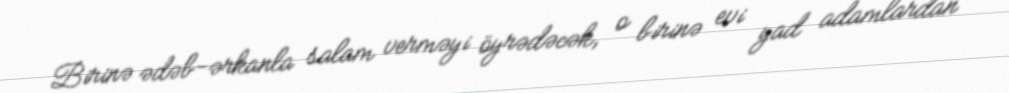
Birinə ədəb-ərkanla salam verməyi öyrədəcək, o birinə evi yad adamlardan